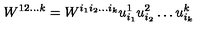
W ^ { 1 2 \ldots k } = W ^ { i _ { 1 } i _ { 2 } \ldots i _ { k } } u _ { i _ { 1 } } ^ { 1 } u _ { i _ { 2 } } ^ { 2 } \ldots u _ { i _ { k } } ^ { k }